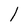
Character: 1